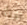
ولأن